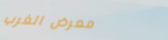
معرض الغرب